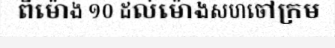
ពីម៉ោង ១០ ដល់ម៉ោងសហចៅក្រម